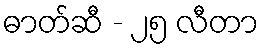
ဓာတ်ဆီ - ၂၅ လီတာ